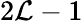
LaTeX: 2{\cal L}-1